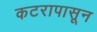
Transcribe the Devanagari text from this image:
कटरापासून